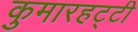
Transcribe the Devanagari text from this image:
कुमारहट्टी